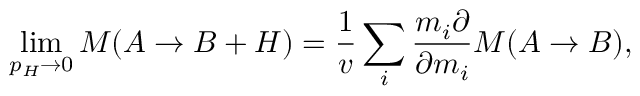
\operatorname * { l i m } _ { p _ { H } \to 0 } { \cal M } ( A \to B + H ) = { \frac { 1 } { v } } \sum _ { i } { \frac { m _ { i } \partial } { \partial m _ { i } } } { \cal M } ( A \to B ) ,